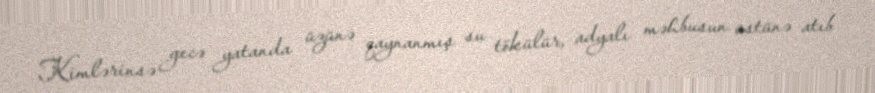
Kimlərinsə gecə yatanda üzünə qaynanmış su tökülür, adyalı məhbusun üstünə atıb